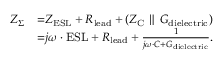
{ \begin{array} { r l } { Z _ { \Sigma } } & { { = } Z _ { \mathrm { E S L } } + R _ { \mathrm { l e a d } } + ( Z _ { \mathrm { C } } \parallel G _ { \mathrm { d i e l e c t r i c } } ) } \\ & { { = } j \omega \cdot { \mathrm { E S L } } + R _ { \mathrm { l e a d } } + { \frac { 1 } { j \omega \cdot C + G _ { \mathrm { d i e l e c t r i c } } } } . } \end{array} }